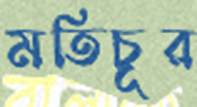
মতিচূর